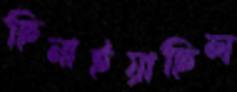
ছিনাইয়াছিল